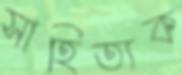
সাহিত্যক